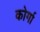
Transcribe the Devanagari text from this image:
कोर्गा